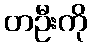
တဦးကို